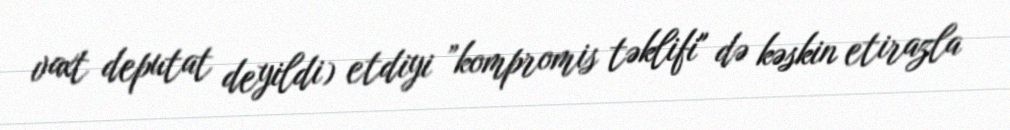
vaxt deputat deyildi) etdiyi ”kompromis təklifi" də kəskin etirazla